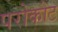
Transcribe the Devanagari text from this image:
परोकोट